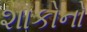
શાકોનો